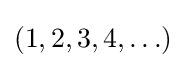
(1,2,3,4,\ldots )